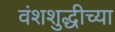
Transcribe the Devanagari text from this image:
वंशशुद्धीच्या